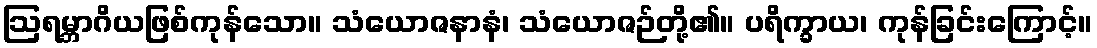
ဩရမ္ဘာဂိယဖြစ်ကုန်သော။ သံယောဇနာနံ၊ သံယောဇဉ်တို့၏။ ပရိက္ခာယ၊ ကုန်ခြင်းကြောင့်။